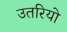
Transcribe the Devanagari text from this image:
उतरियो